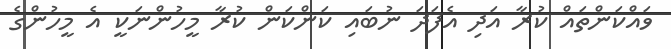
ވައްކަންތައް ކުރާ އަދި އެފަދަ ނުބައި ކަންކަން ކުރާ މީހުންނަކީ އެ މީހުންގެ